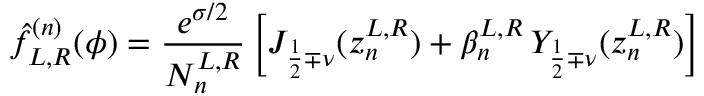
\hat { f } _ { L , R } ^ { ( n ) } ( \phi ) = \frac { e ^ { \sigma / 2 } } { N _ { n } ^ { L , R } } \left[ J _ { \frac { 1 } { 2 } \mp \nu } ( z _ { n } ^ { L , R } ) + \beta _ { n } ^ { L , R } \, Y _ { \frac { 1 } { 2 } \mp \nu } ( z _ { n } ^ { L , R } ) \right]